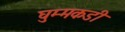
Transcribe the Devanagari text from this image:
घुम्मकडी